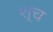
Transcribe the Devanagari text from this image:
श्‍च